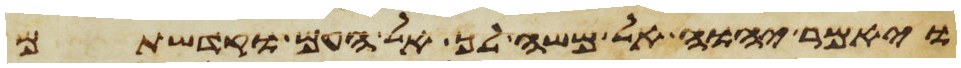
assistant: ויאמר יהוה אל משה לך אל העם וקדשתם